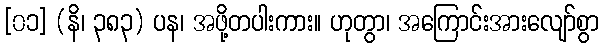
[၀၁] (နိ၊ ၃၈၃) ပန၊ အဖို့တပါးကား။ ဟုတွာ၊ အကြောင်းအားလျော်စွာ